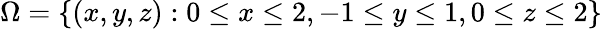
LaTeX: \Omega=\{ (x,y,z):0\leq x\leq 2,-1\leq y\leq 1,0\leq z\leq 2\}